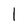
Character: l